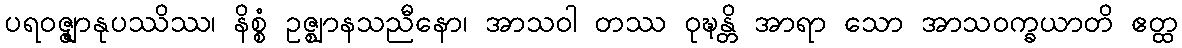
ပရဝဇ္ဇျာနုပဿိဿ၊ နိစ္စံ ဥဇ္ဈာနသညီနော၊ အာသဝါ တဿ ဝုဍ္ဎန္တိ အာရာ သော အာသဝက္ခယာတိ ဧတ္ထ